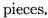
pieces.